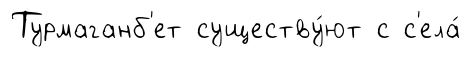
Турмаганб'ет существу́ют с с'ела́